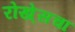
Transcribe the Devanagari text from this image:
रोखे्सचा